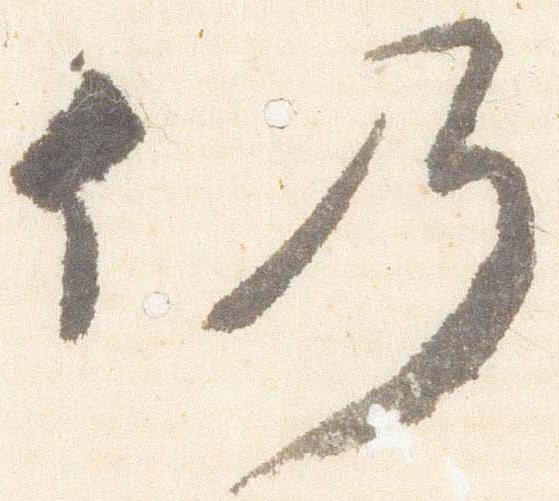
仍